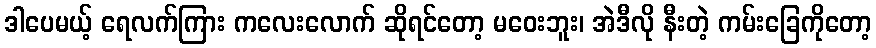
ဒါပေမယ့် ရေလက်ကြား ကလေးလောက် ဆိုရင်တော့ မဝေးဘူး၊ အဲဒီလို နီးတဲ့ ကမ်းခြေကိုတော့